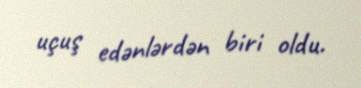
uçuş edənlərdən biri oldu.